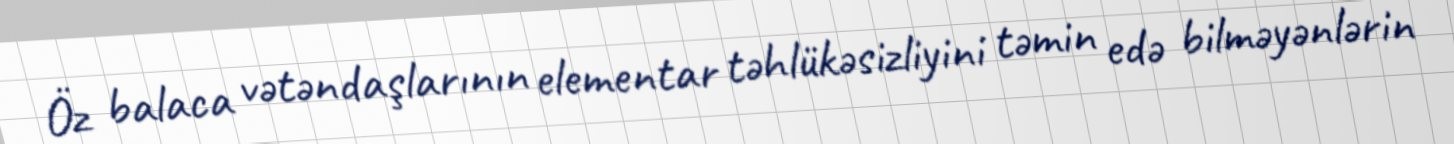
Öz balaca vətəndaşlarının elementar təhlükəsizliyini təmin edə bilməyənlərin